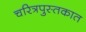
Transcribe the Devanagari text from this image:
चरित्रपुस्तकात